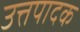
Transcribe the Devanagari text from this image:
उत्तपादक